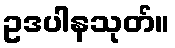
ဥဒပါနသုတ်။